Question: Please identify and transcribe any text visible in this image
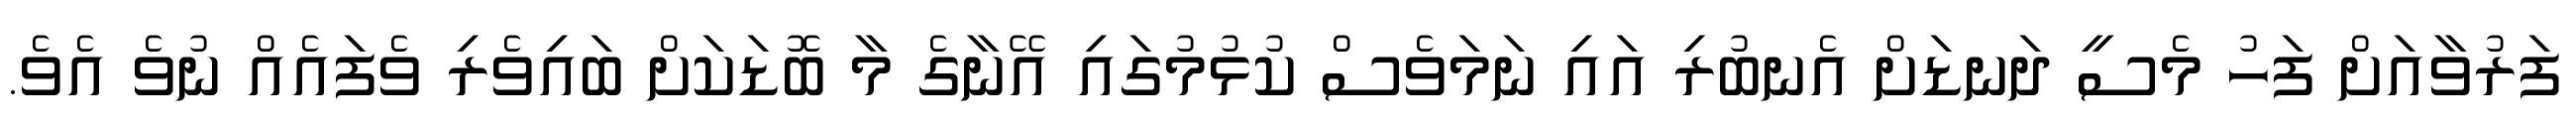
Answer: ފަރުވާއަށް ފަހު މެސީ ދަނޑަށް އެނބުރި އައި ނަމަވެސް ކުޅުމުގައި އޭނާގެ މާ ބޮޑަކަށް ބައިވެރި ވެފައެއް ނުވެ އެވެ.